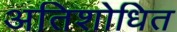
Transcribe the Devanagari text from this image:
अतिशोधित